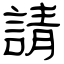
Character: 請